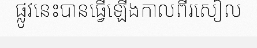
ផ្លូវនេះបានធ្វើឡើងកាលពីរសៀល